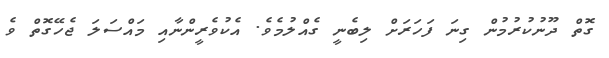
ގޮތް ދޫނުކުރުމުން ގިނަ ފަހަރަށް ލިބެނީ ގެއްލުމެވެ. އެކުވެރީންނާއި މައްސަލަ ޖެހޭގޮތް ވެ